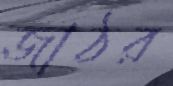
জাঠর